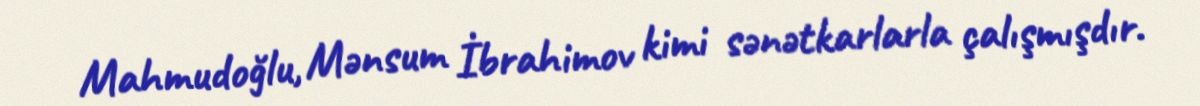
Mahmudoğlu, Mənsum İbrahimov kimi sənətkarlarla çalışmışdır.